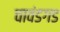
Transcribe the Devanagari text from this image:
चावंडगड